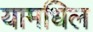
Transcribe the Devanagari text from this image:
यामधिल